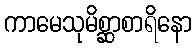
ကာမေသုမိစ္ဆာစာရိနော